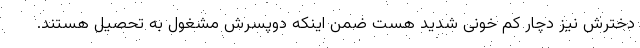
دخترش نیز دچار کم خونی شدید هست ضمن اینکه دوپسرش مشغول به تحصیل هستند.